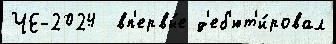
ЧЕ-2024  вп'ервы́е д'еб'ют'и́ровал